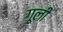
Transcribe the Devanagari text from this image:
गूली